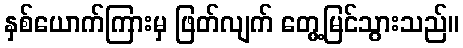
နှစ်ယောက်ကြားမှ ဖြတ်လျက် တွေ့မြင်သွားသည်။